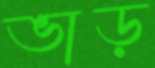
ভাড়